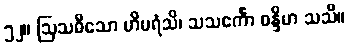
၅၂။ ဩသဓီသော ဟိမရံသိ၊ သသင်္ကော စန္ဒိမာ သသီ။